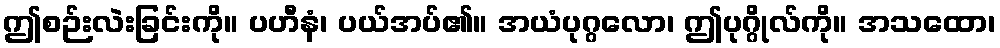
ဤစဉ်းလဲးခြင်းကို။ ပဟီနံ၊ ပယ်အပ်၏။ အယံပုဂ္ဂလော၊ ဤပုဂ္ဂိုလ်ကို။ အသထော၊